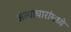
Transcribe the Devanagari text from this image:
अत्याचारांमध्ये